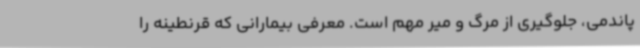
پاندمی، جلوگیری از مرگ و میر مهم است. معرفی بیمارانی که قرنطینه را